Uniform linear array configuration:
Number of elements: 4
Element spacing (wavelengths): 1
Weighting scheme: cosine
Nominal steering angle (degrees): -15
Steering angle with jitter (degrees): -13.723
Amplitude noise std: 0.05
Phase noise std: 0.05

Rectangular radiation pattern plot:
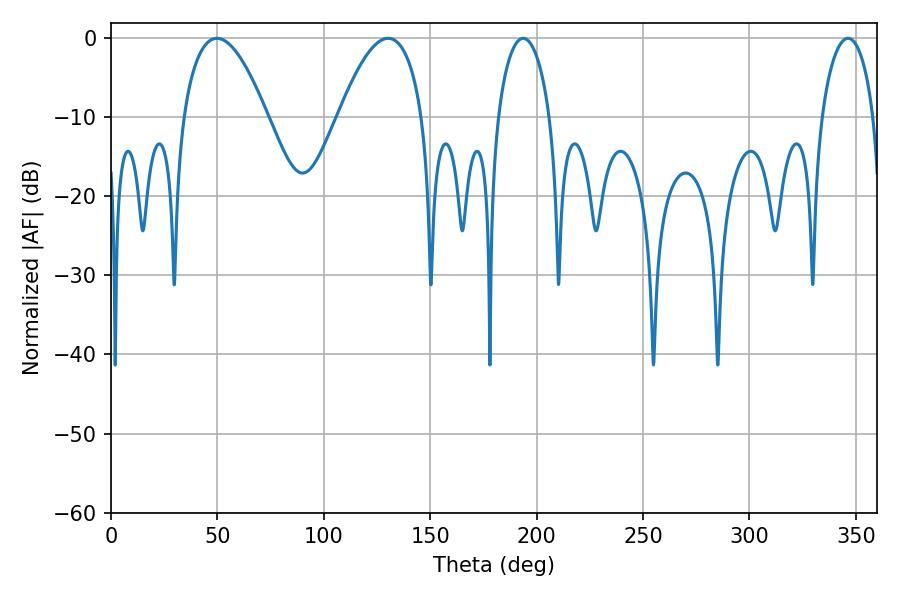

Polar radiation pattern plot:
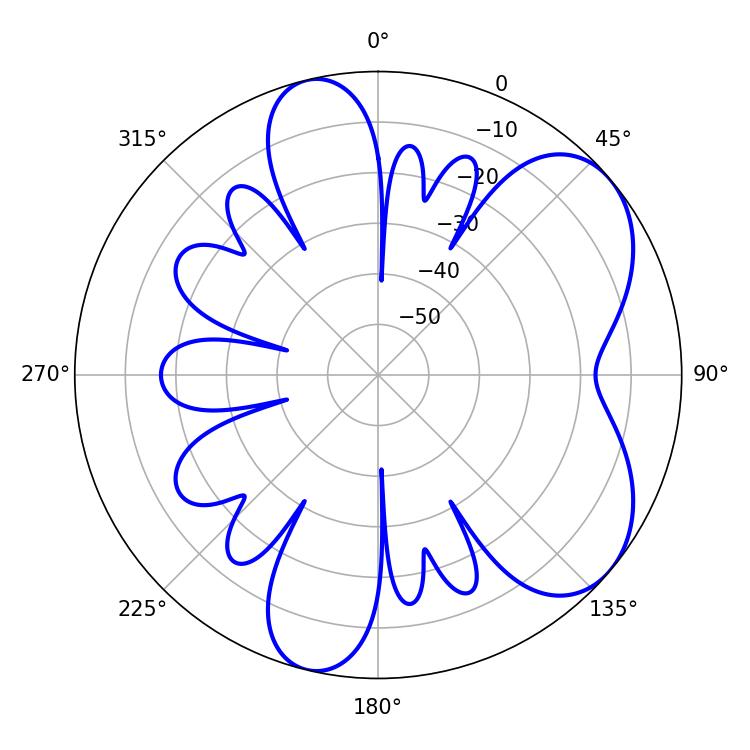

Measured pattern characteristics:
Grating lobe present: TRUE
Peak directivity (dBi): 6.042
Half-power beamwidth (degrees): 13.86
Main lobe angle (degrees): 193.68